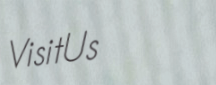
VisitUs